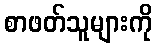
စာဖတ်သူများကို